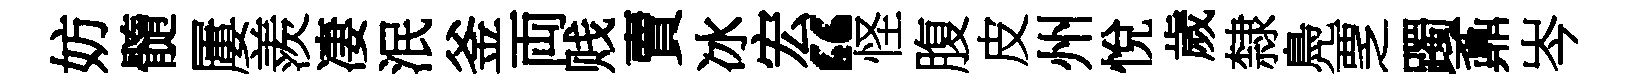
妨髓屢羨凄泯釜両贱賣冰宏“怪腹皮州悅歲隸鳧覂躅鼒岑